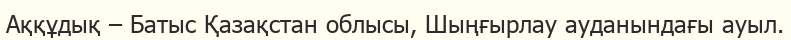
Аққұдық – Батыс Қазақстан облысы, Шыңғырлау ауданындағы ауыл.